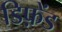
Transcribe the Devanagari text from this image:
डिफ़ेंड